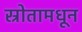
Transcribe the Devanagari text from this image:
स्रोतामधून